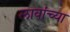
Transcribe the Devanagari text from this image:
लावांच्या